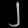
Digit: ၂